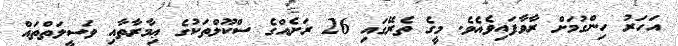
އަހަރު ހިންގުމަށް ރާވާފައިވެއެވެ. މީގެ ތެރޭގައި 26 ރަށެއްގެ ސްކޫލްތަކުގެ ޢިމާރާތާއި ވަސީލަތްތައް